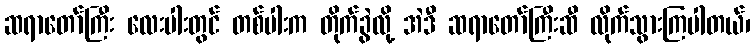
ဆရာတော်ကြီး လေးပါးတွင် တစ်ပါးက တိုက်ခွဲလို့ အဲဒီ ဆရာတော်ကြီးဆီ လိုက်သွားကြပါတယ်၊